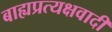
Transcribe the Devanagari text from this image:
बाह्यप्रत्यक्षवादी